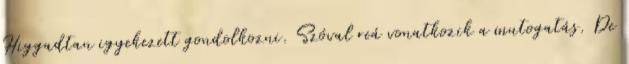
Higgadtan igyekezett gondolkozni. Szóval reá vonatkozik a mutogatás. De